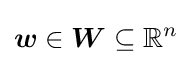
{\boldsymbol {w}}\in {\boldsymbol {W}}\subseteq \mathbb {R} ^{n}